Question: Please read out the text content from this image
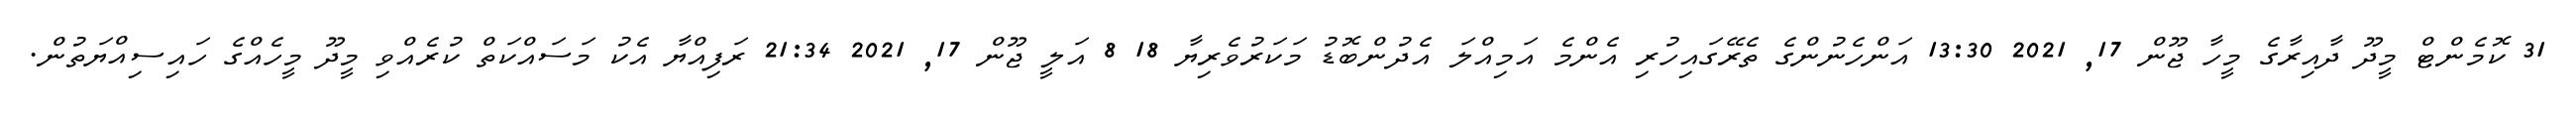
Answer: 31 ކޮމެންޓް މީދޫ ދާއިރާގެ މީހާ ޖޫން 17, 2021 13:30 އަންހެނުންގެ ތެރޭގައިހުރި އެންމެ އަމިއްލަ އެދުންބޮޑު މަކަރުވެރިޔާ 18 8 އަލީ ޖޫން 17, 2021 21:34 ރަފިއްޔާ އެކު މަސައްކަތް ކުރެއްވި މީދޫ މީހެއްގެ ހައިސިއްޔަތުން.